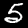
Digit: 5